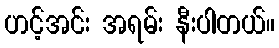
ဟင့်အင်း အရမ်း နီးပါတယ်။